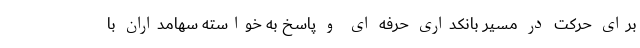
برای حرکت در مسیر بانکداری حرفه ای و پاسخ به خواسته سهامداران با